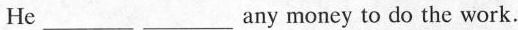
He ___ ___ any money to do the work.